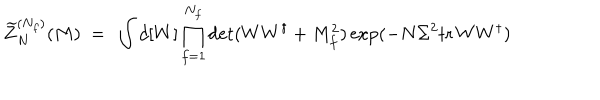
\widetilde { Z } _ { N } ^ { ( N _ { f } ) } ( M ) \ = \ \int d [ W ] \prod _ { f = 1 } ^ { N _ { f } } \det ( W W ^ { \dagger } + M _ { f } ^ { 2 } ) \exp ( - N \Sigma ^ { 2 } { \mathrm { t r } \, } W W ^ { \dagger } )